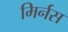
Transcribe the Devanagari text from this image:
मिर्नस